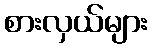
စားလှယ်များ